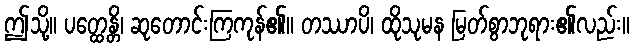
ဤသို့။ ပတ္ထေန္တိ၊ ဆုတောင်းကြကုန်၏။ တဿာပိ၊ ထိုသုမန မြတ်စွာဘုရား၏လည်း။